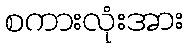
စကားလုံးအား